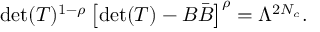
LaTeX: \mathrm { d e t } ( T ) ^ { 1 - \rho } \left[ \mathrm { d e t } ( T ) - B { \bar { B } } \right] ^ { \rho } = \Lambda ^ { 2 N _ { c } } .